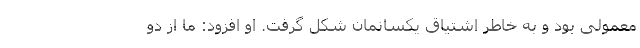
معمولی بود و به خاطر اشتیاق یکسانمان شکل گرفت. او افزود: ما از دو